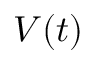
V ( t )